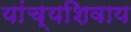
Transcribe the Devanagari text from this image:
यांच्यशिवाय